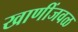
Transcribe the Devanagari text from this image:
खाणींजवळ